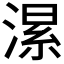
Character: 𱨂